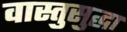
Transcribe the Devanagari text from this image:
वास्तुसुद्धा